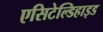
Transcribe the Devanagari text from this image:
एसिटेल्डिहाइड